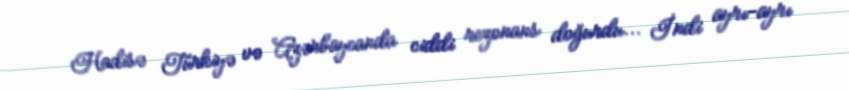
Hadisə Türkiyə və Azərbaycanda ciddi rezonans doğurdu... İndi ayrı-ayrı